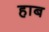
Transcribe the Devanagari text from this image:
हाब